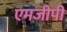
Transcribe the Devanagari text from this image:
एमजीपी